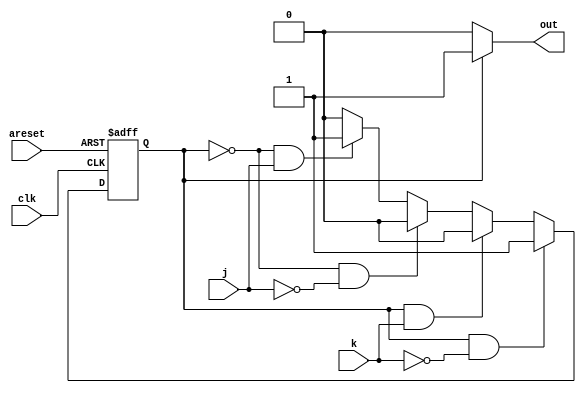
module top_module(
    input clk,
    input areset,    // Asynchronous reset to OFF
    input j,
    input k,
    output out); //  

    parameter OFF=0, ON=1; 
    reg state, next_state;

    always @(*) 
		begin
            next_state = OFF;
			if (state == ON && k == 0)
				begin
					next_state = ON;
				end
			else if (state == ON && k == 1)
				begin
					next_state = OFF;
				end
			else if (state == OFF && j == 0)
				begin
					next_state = OFF;
				end
			else if (state == OFF && j == 1)
				begin
					next_state = ON;
				end
		end

    always @(posedge clk, posedge areset) 
		begin
			if (areset)
				begin
					state <= OFF;
				end
			else 
				begin 
					state <= next_state;
				end
		end

	always @(state)
		begin
			if (state == OFF)
				begin
					out <= 0;
				end
			else
				begin 
					out <= 1;
				end

		end
endmodule